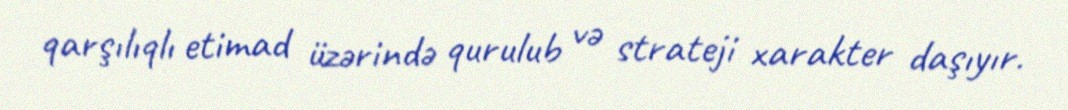
qarşılıqlı etimad üzərində qurulub və strateji xarakter daşıyır.